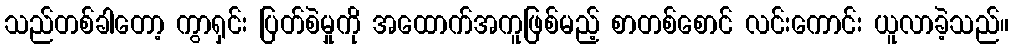
သည်တစ်ခါတော့ ကွာရှင်း ပြတ်စဲမှုကို အထောက်အကူဖြစ်မည့် စာတစ်စောင် လင်းကောင်း ယူလာခဲ့သည်။